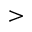
>